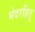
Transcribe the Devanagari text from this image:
भेदरहितु